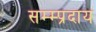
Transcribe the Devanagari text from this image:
सम्म्प्रदाय